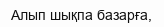
Алып шықпа базарға,